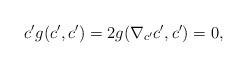
LaTeX: \begin{align*}c'g(c', c')=2g(\nabla_{c'}c', c')=0, \end{align*}